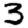
Digit: 3